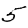
Digit: 5